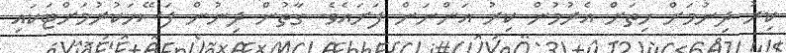
ކިރު ދިނުމަށް ހިތަށް އެރުމުން ކިރު އަންނަން ފަށައެވެ. ގާތުން ދިނުން ފަސޭހަކުރުމަށްޓަކައި